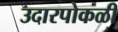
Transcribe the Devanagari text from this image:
उदारपोकळी